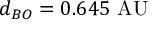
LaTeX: d _ { B O } = 0 . 6 4 5 { \mathrm { ~ A U } }